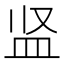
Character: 𪾋